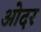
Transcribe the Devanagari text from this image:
ओदर